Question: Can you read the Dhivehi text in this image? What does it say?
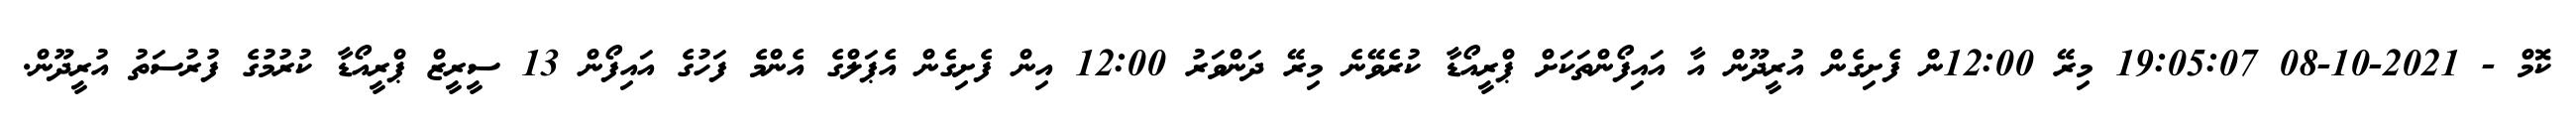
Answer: ކޮމް - 2021-10-08 19:05:07 މިރޭ 12:00ން ފެށިގެން އުރީދޫން އާ އައިފޯންތަކަށް ޕްރީއޯޑާ ކުރެވޭނެ މިރޭ ދަންވަރު 12:00 އިން ފެށިގެން އެޕަލްގެ އެންމެ ފަހުގެ އައިފޯން 13 ސީރީޒް ޕްރީއޯޑާ ކުރުމުގެ ފުރުސަތު އުރީދޫން.